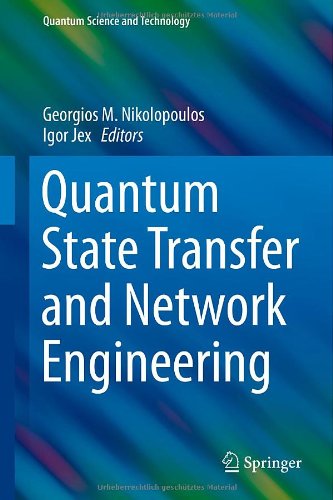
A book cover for Quantum State Transfer and Network Engineering (Quantum Science and Technology); Computers & Technology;